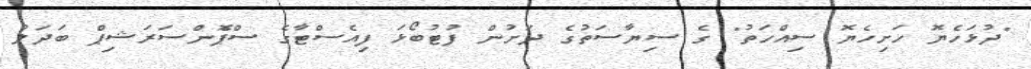
"ދުޅަހެޔޮ ހަށިހެޔޮ ސިއްހަތު" ގެ ސިޔާސަތުގެ ދަށުން ފުޓުބޯޅަ ފިއެސްޓާގެ ސްޕޮެންސަރަޝިޕް ބަދަލު